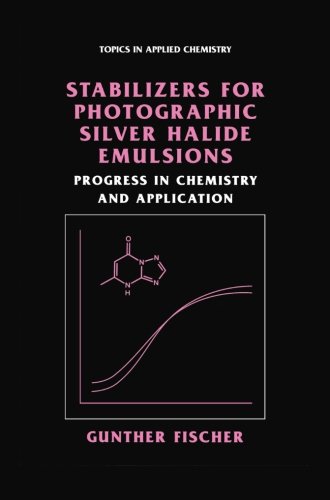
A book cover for Stabilizers for Photographic Silver Halide Emulsions: Progress in Chemistry and Application (Topics in Applied Chemistry); Gunther Fischer; Science & Math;